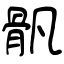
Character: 骪